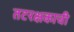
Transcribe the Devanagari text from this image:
तटरक्षकाची